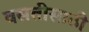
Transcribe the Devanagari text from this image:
वसतीसाठी